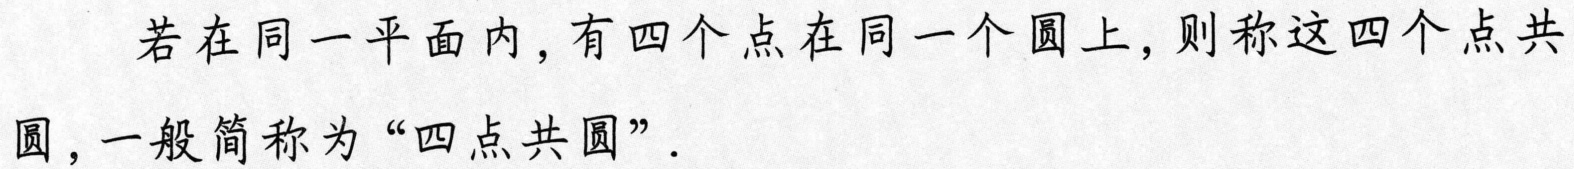
若在同一平面内，有四个点在同一个圆上，则称这四个点共圆，一般简称为“四点共圆”.